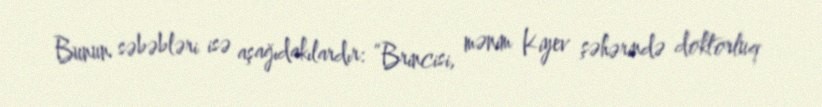
Bunun səbəbləri isə aşağıdakılardır: ”Brincisi, mənim Kiyev şəhərində doktorluq